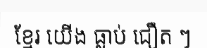
ខ្មែរ យើង ធ្លាប់ ជឿត ៗ